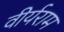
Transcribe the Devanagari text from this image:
वीर्यराम